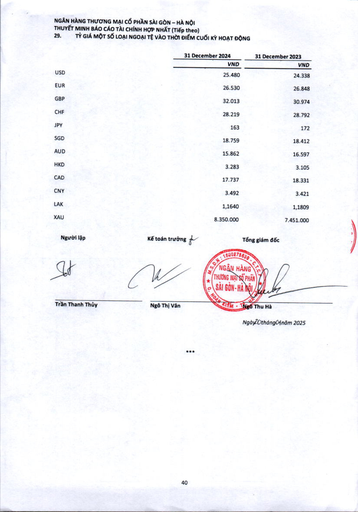
||31 December 2024|31 December 2023| |---|---|---| ||VND|VND| |USD|25.480|24.338| |EUR|26.530|26.848| |GBP|32.013|30.974| |CHF|28.219|28.792| |JPY|163|172| |SGD|18.759|18.412| |AUD|15.862|16.597| |HKD|3.283|3.105| |CAD|17.737|18.331| |CNY|3.492|3.421| |LAK|1,1640|1,1809| |XAU|8.350.000|7.451.000|